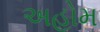
અહોમ